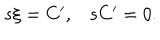
LaTeX: \begin{matrix} { { s \xi = C ^ { \prime } , } } & { { s C ^ { \prime } = 0 . } } \\ \end{matrix}